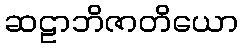
ဆဠာဘိဇာတိယော